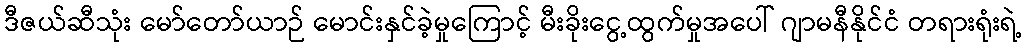
ဒီဇယ်ဆီသုံး မော်တော်ယာဉ် မောင်းနှင်ခဲ့မှုကြောင့် မီးခိုးငွေ့ထွက်မှုအပေါ် ဂျာမနီနိုင်ငံ တရားရုံးရဲ့